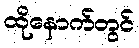
ထိုနောက်တွင်